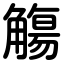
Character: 觴